King Institute of Preventive Medicine Micro-Biological Section reports 1912-19
Year: 1912
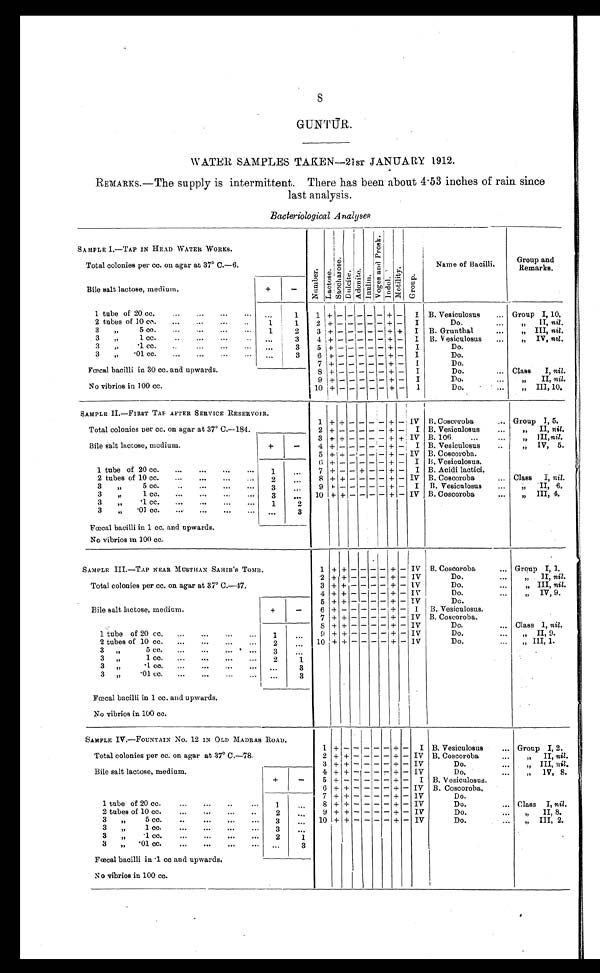
GUNTUR.
WATER SAMPLES TAKEN—21ST JANUARY 1912.
REMARKS.—The supply is intermittent. There has been about 4.53 inches of rain since
last analysis.
Bacteriological Analyses
SAMPLE I.—TAP IN HEAD WATER WORKS.
Number . La c t o s e .
S a c c h a r o s e .
D u l c i t e . Adoni t e.
I nul i n.
Vo g e s a n d P r o s k .
I ndol . Mot i l i t y. Gr oup.
Name of Bacilli.
Group and
Remarks.
Total colonies per cc. on agar at 37° C.—6.
Bile salt lactose, medium.
+
-
1 tube of 20 cc. . . .
. . .
1
1 +
- - - -
-
+ -
I B. Vesiculosus . . .
Group I, 10.
2 tubes of 10 cc. . . .
1
1
2 +
- - - - - + -
I
Do. . . .
" II, nil.
3 " 5 cc. . . .
1
2
3 + - - - - - + +
I B. Grunthal . . .
" III, nil.
3 " 1 cc. . . .
. . .
3
4 + - - - - -
+ -
I B. Vesiculosus . . .
" IV, nil.
3 " .1 cc. . . .
. . .
3
5 + -
- - -
- + -
I
Do.
3 " .01 cc. . . .
. . .
3
6 + -
- - -
- + -
I
Do.
Fœcal bacilli in 30 cc. and upwards.
7 + -
- - -
- + -
I
Do.
8 + -
- - -
- + -
I
Do. . . .
Class I, nil.
No vibrios in 100 cc.
9
+ - - -
- -
+ -
I
Do. . . .
" II, nil.
10 + -
- - -
- + -
I
Do. . . .
" III, 10.
SAMPLE II.—FIRST TAP AFTER SERVICE RESERVOIR.
1 + + - - - - + - IV B. Coscoroba . . .
Group I, 5.
Total colonies per cc. on agar at 37° C.—184.
2
+ -
- - - - +
-
I B. Vesiculosus . . .
" II, nil.
Bile salt lactose, medium.
+
-
3
+ +
- - - - + + IV B. 106 . . .
" III, nil.
4
+ -
- - - - +
- I B. Vesiculosus . . .
" IV, 5.
5 + +
- - - - +
- IV B. Coscoroba.
1 tube of 20 cc. . . .
1
. . .
6
+ -
- - - - +
- I B. Vesiculosus.
7 + -
- +
- - +
- I B. Acidi lactici.
2 tubes of 10 cc. . . .
8 + +
- - - - +
- IV B. Coscoroba . . .
Class I, nil .
2
. . .
3 " 5 cc. . . .
9
+ -
- - - - + - I B. Vesiculosus . . .
" II, 6.
3
. . .
3 " 1 cc. . . .
10
+ +
- - - - +
- IV B. Coscoroba . . .
" III, 4.
3
. . .
3 " .1 cc. . . .
1
2
3 " .0l cc. . . .
. . .
3
Fœcal bacilli in 1 cc. and upwards.
No vibrios in 100 cc.
SAMPLE III.—TAP NEAR MUSTHAN SAHIB'S TOMB.
1 + + - - - - + - IV B. Coscoroba . . .
Group I, 1.
Total colonies per cc. on agar at 37° C.—47.
2 + +
- - - - + - IV
Do. . .
" II, nil.
3 + +
- - - - +
- IV
Do. . . .
" III, nil.
4 + +
- - - - +
- IV
Do. . . .
" IV, 9.
Bile salt lactose, medium.
+
-
5 + +
- - - - +
- IV
D o . . . .
6
+ -
- - - - +
-
I B. Vesiculosus.
7 + +
- - - - +
- IV B. Coscoroba.
1 tube of 20 c c . . . .
1
. . .
8 + +
- - - - +
- IV
Do. . . .
Class I, nil.
9 + +
- - - - +
- IV
Do. . .
" II, 9.
2 tubes of 10 cc. . . .
10
+ +
- - - - + - IV
Do. . . .
" III, 1.
2
. . .
3 " 5 cc. . . .
3
. . .
3 " 1 cc. . . .
2
1
3 " .1 cc. . . .
. . .
3
3 " .01 cc. . . .
. . .
3
Fœcal bacilli in 1 cc. and upwards.
No vibrios in 100 cc.
SAMPLE IV.—FOUNTAIN No. 12 IN OLD MADRAS ROAD.
1
+
-
-
-
- -
+
- I B. Vesiculosus . . .
Group I, 2.
Total colonies per cc. on agar at 37° C.—78.
2 + +
- -
- - +
- IV B. Coscoroba . . .
" II, nil.
3 + +
- -
- - +
- IV
Do. . . .
" III,
n i l
.
Bile salt lactose, medium.
+
-
4 + +
- -
- - +
- IV
Do. . . .
" I V , 8 .
5
+ -
- -
- - +
- I B. Vesiculosus.
6 + +
- -
- - +
- IV B. Coscoroba.
1 tube of 20 cc. . . .
1
. . .
7 + +
- -
- - + - IV
Do. . . .
8 + +
- -
- - +
- IV
Do. . . .
Class I, nil.
2 tubes of 10 cc. . . .
2
. . .
9 + +
- -
- - +
- IV
Do. . . .
" II, 8.
3 " 5 cc. . . .
3
. . . 10 + +
- -
- - +
- IV
Do. . . .
" III, 2.
3 " 1 cc. . . .
3
1
3 " .1 cc. . . .
2
1
3 " .01 cc. . . .
. . .
3
Fœcal bacilli in .1 cc and upwards.
No vibrios in 100 cc.